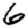
Digit: 6